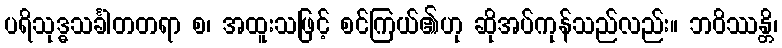
ပရိသုဒ္ဓသင်္ခါတတရာ စ၊ အထူးသဖြင့် စင်ကြယ်၏ဟု ဆိုအပ်ကုန်သည်လည်း။ ဘဝိဿန္တိ၊